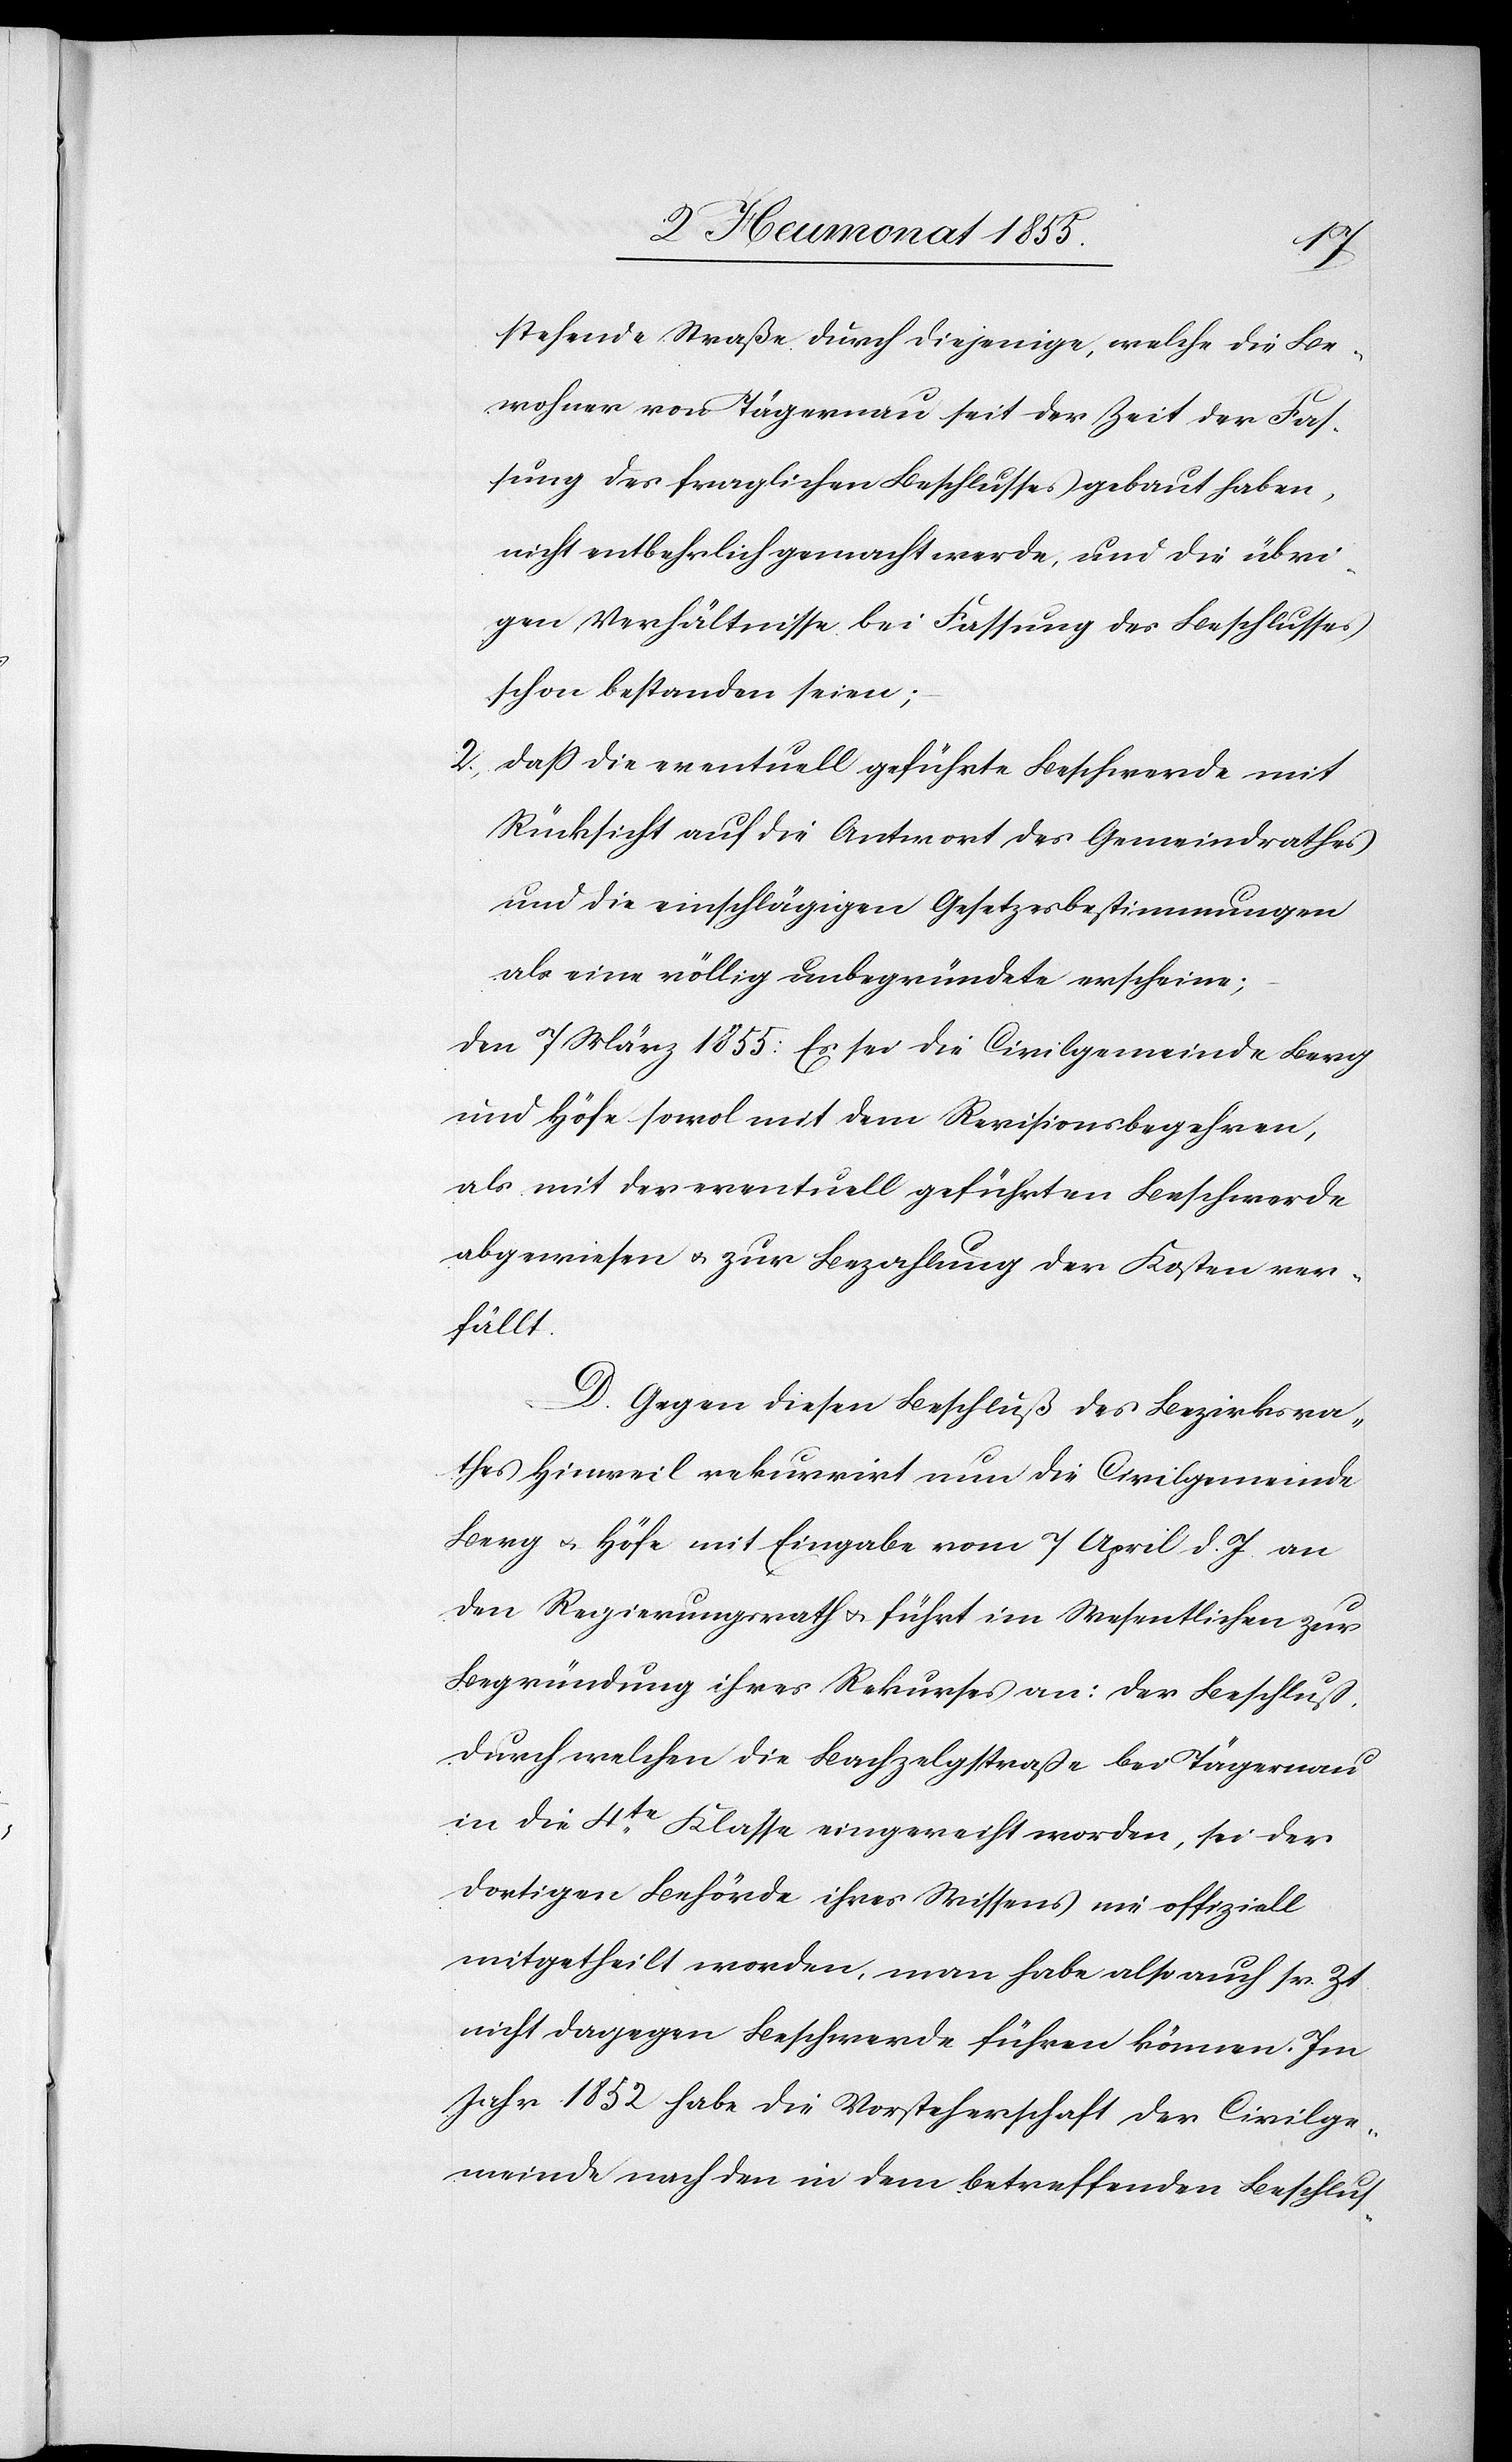
2.,
stehende Straße durch diejenige, welche die Be¬
wohner von Tägernau seit der Zeit der Fas¬
sung des fraglichen Beschlusses gebaut haben,
nicht entbehrlich gemacht werde; und die übri¬
gen Verhältnisse bei Fassung des Beschlusses
schon bestanden seien;
dass die eventuell geführte Beschwerde mit
Rücksicht auf die Antwort des Gemeindrathes
und die einschlägigen Gesetzesbestimmungen
als eine völlig unbegründete erscheine;
den 7 März 1855: Es sei die Civilgemeinde Berg
und Höfe sowol mit dem Revisionsbegehren,
als mit der eventuell geführten Beschwerde
abgewiesen & zur Bezahlung der Kosten ver¬
fällt.
D. Gegen diesen Beschluß des Bezirksra¬
thes Hinweil rekurrirt nun die Civilgemeinde
Berg & Höfe mit Eingabe vom 7 April d. J. an
den Regierungsrath & führt im Wesentlichen zur
Begründung ihres Rekurses an: Der Beschluß,
durch welchen die Bachzelgstraße bei Tägernau
in die 4te. Klasse eingereiht worden, sei der
dortigen Behörde ihres Wissens nie offiziell
mitgetheilt worden, man habe also auch sr. Zt.
nicht dagegen Beschwerde führen können. Im
Jahr 1852 habe die Vorsteherschaft der Civilge¬
meinde nach den in dem betreffenden Beschlus-